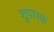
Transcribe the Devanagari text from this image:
शुपारक